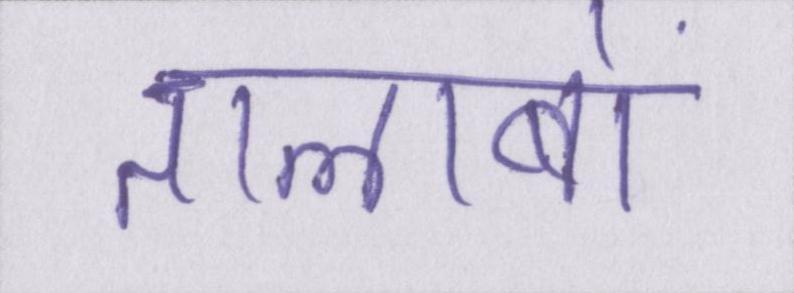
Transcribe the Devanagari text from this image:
तालाबों